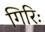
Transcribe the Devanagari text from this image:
गिरिः